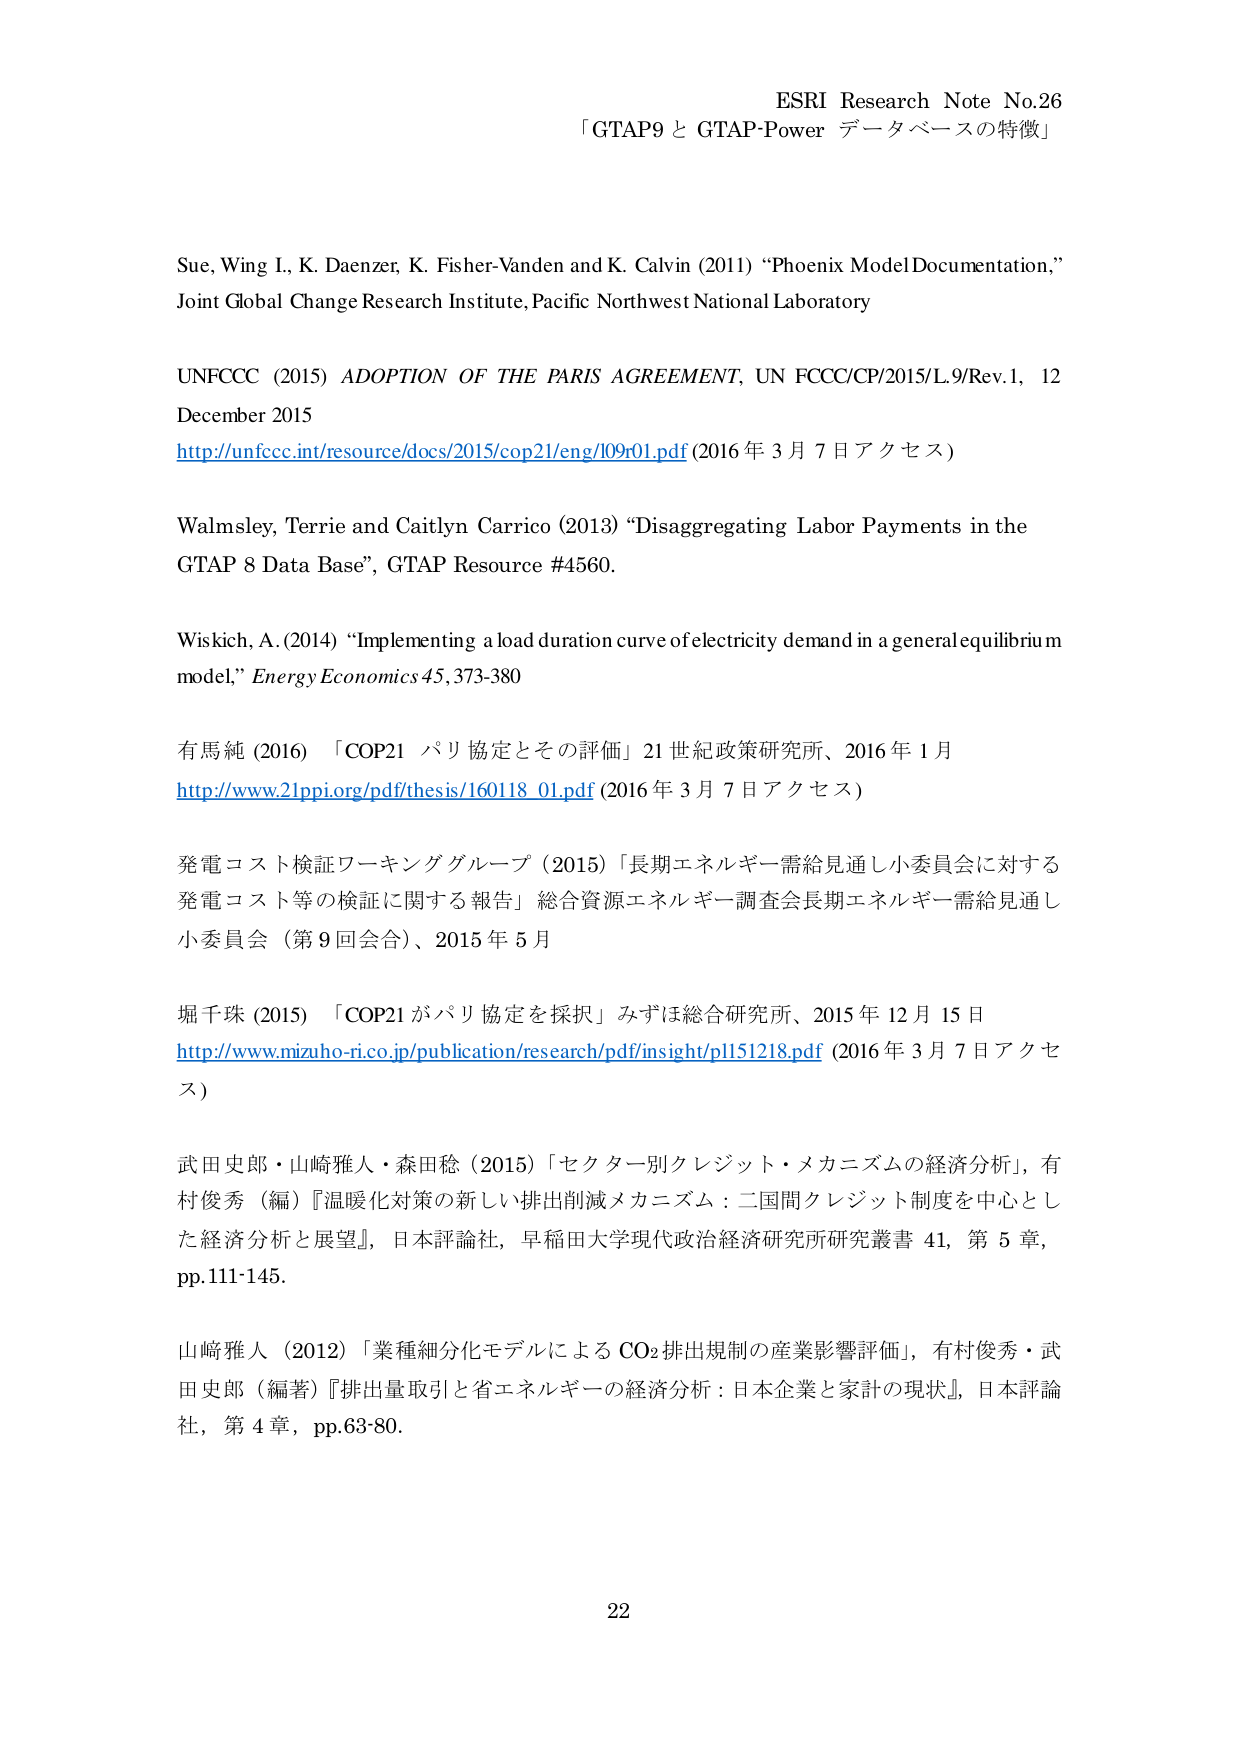
ESRI Research Note No.26
「GTAP9 と GTAP-Power データベースの特徴」

Sue, Wing I., K. Daenzer, K. Fisher-Vanden and K. Calvin (2011) “Phoenix Model Documentation,”
Joint Global Change Research Institute, Pacific Northwest National Laboratory

UNFCCC (2015) ADOPTION OF THE PARIS AGREEMENT, UN FCCC/CP/2015/L.9/Rev.1, 12 December 2015
http://unfccc.int/resource/docs/2015/cop21/eng/109r01.pdf (2016年3月7日アクセス)

Walmsley, Terrie and Caitlyn Carrico (2013) “Disaggregating Labor Payments in the GTAP 8 Data Base”, GTAP Resource #4560.

Wiskich, A. (2014) “Implementing a load duration curve of electricity demand in a general equilibrium model,” Energy Economics 45, 373-380

有馬純 (2016) 「COP21 パリ協定とその評価」21世紀政策研究所、2016年1月
http://www.21ppi.org/pdf/thesis/160118_01.pdf (2016年3月7日アクセス)

発電コスト検証ワーキンググループ (2015) 「長期エネルギー需給見通し小委員会に対する発電コスト等の検証に関する報告」総合資源エネルギー調査会長期エネルギー需給見通し小委員会（第9回会合）、2015年5月

堀千珠 (2015) 「COP21がパリ協定を採択」みずほ総合研究所、2015年12月15日
http://www.mizuho-ri.co.jp/publication/research/pdf/insight/pl151218.pdf (2016年3月7日アクセス)

武田史郎・山崎雅人・森田稔 (2015) 「セクター別クレジット・メカニズムの経済分析」，有村俊秀（編）『温暖化対策の新しい排出削減メカニズム：二国間クレジット制度を中心とした経済分析と展望』，日本評論社，早稲田大学現代政治経済研究所研究叢書 41，第5章，pp.111-145.

山崎雅人 (2012) 「業種細分化モデルによる CO₂排出規制の産業影響評価」，有村俊秀・武田史郎（編著）『排出量取引と省エネルギーの経済分析：日本企業と家計の現状』，日本評論社，第4章，pp.63-80.

22